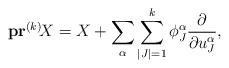
LaTeX: \begin{align*}\bold{pr}^{(k)}\!X=X+\sum_{\alpha}\sum_{|J|=1}^k\phi_J^{\alpha}\frac{\partial}{\partial u_J^{\alpha}},\end{align*}